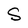
Character: S